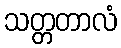
သတ္တတာလံ